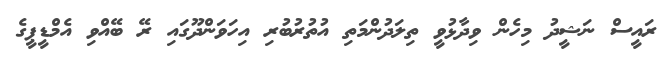
ރައީސް ނަޝީދު މިހެން ވިދާޅުވީ ތިލަދުންމަތި އުތުރުބުރި އިހަވަންދޫގައި ރޭ ބޭއްވި އެމްޑީޕީގެ